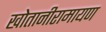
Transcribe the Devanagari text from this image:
खोतानीरामायण